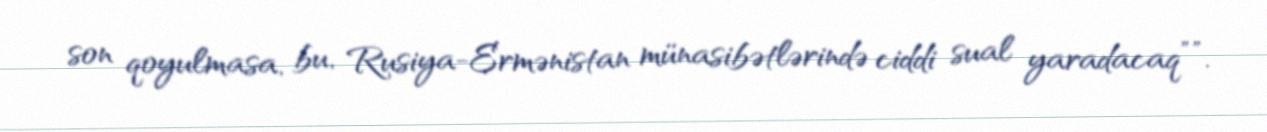
son qoyulmasa, bu, Rusiya-Ermənistan münasibətlərində ciddi sual yaradacaq””.